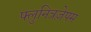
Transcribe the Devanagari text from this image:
फ्लुनित्रज़ेपम